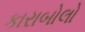
કારાબોલો